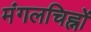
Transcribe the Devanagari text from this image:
मंगलचिह्नों